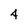
Character: 4